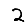
Digit: 2